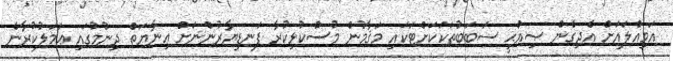
އަމިއްލައަށް އެދިގެން ޞިއްޙީ ސަބަބުތަކަކަށްޓަކައި މަޤާމުން މުސްކުޅިކުރާ ފަނޑިޔާރުންނަށް ޢިނާޔަތް ދިނުމުގައި ޢަމަލުކުރާނެ